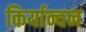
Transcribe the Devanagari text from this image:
किर्यान्वन